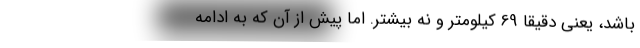
باشد، یعنی دقیقا 69 کیلومتر و نه بیشتر. اما پیش از آن که به ادامه